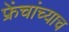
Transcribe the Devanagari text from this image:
फ्रेंचांच्याच